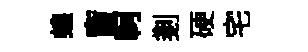
蝗盲軻剗硬宅